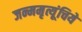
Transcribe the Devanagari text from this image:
जन्ममृत्यूंचिये